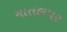
માતલપર